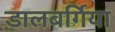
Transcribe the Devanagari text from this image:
डालबर्गिया